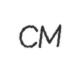
CM